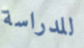
للدراسة